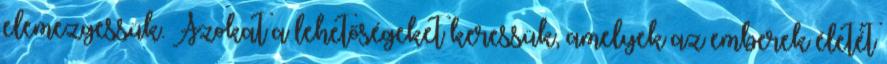
elemezgessük. Azokat a lehetőségeket keressük, amelyek az emberek életét